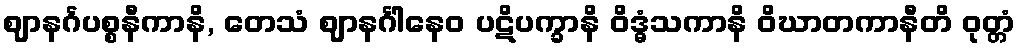
ဈာနင်္ဂပစ္စနီကာနိ, တေသံ ဈာနင်္ဂါနေဝ ပဋိပက္ခာနိ ဝိဒ္ဓံသကာနိ ဝိဃာတကာနီတိ ဝုတ္တံ